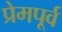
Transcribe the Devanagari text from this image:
प्रेमपूर्व